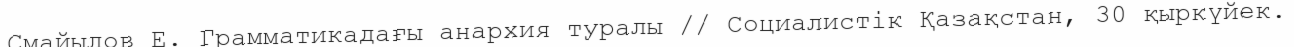
Смайылов Е. Грамматикадағы анархия туралы // Социалистік Қазақстан, 30 қыркүйек.